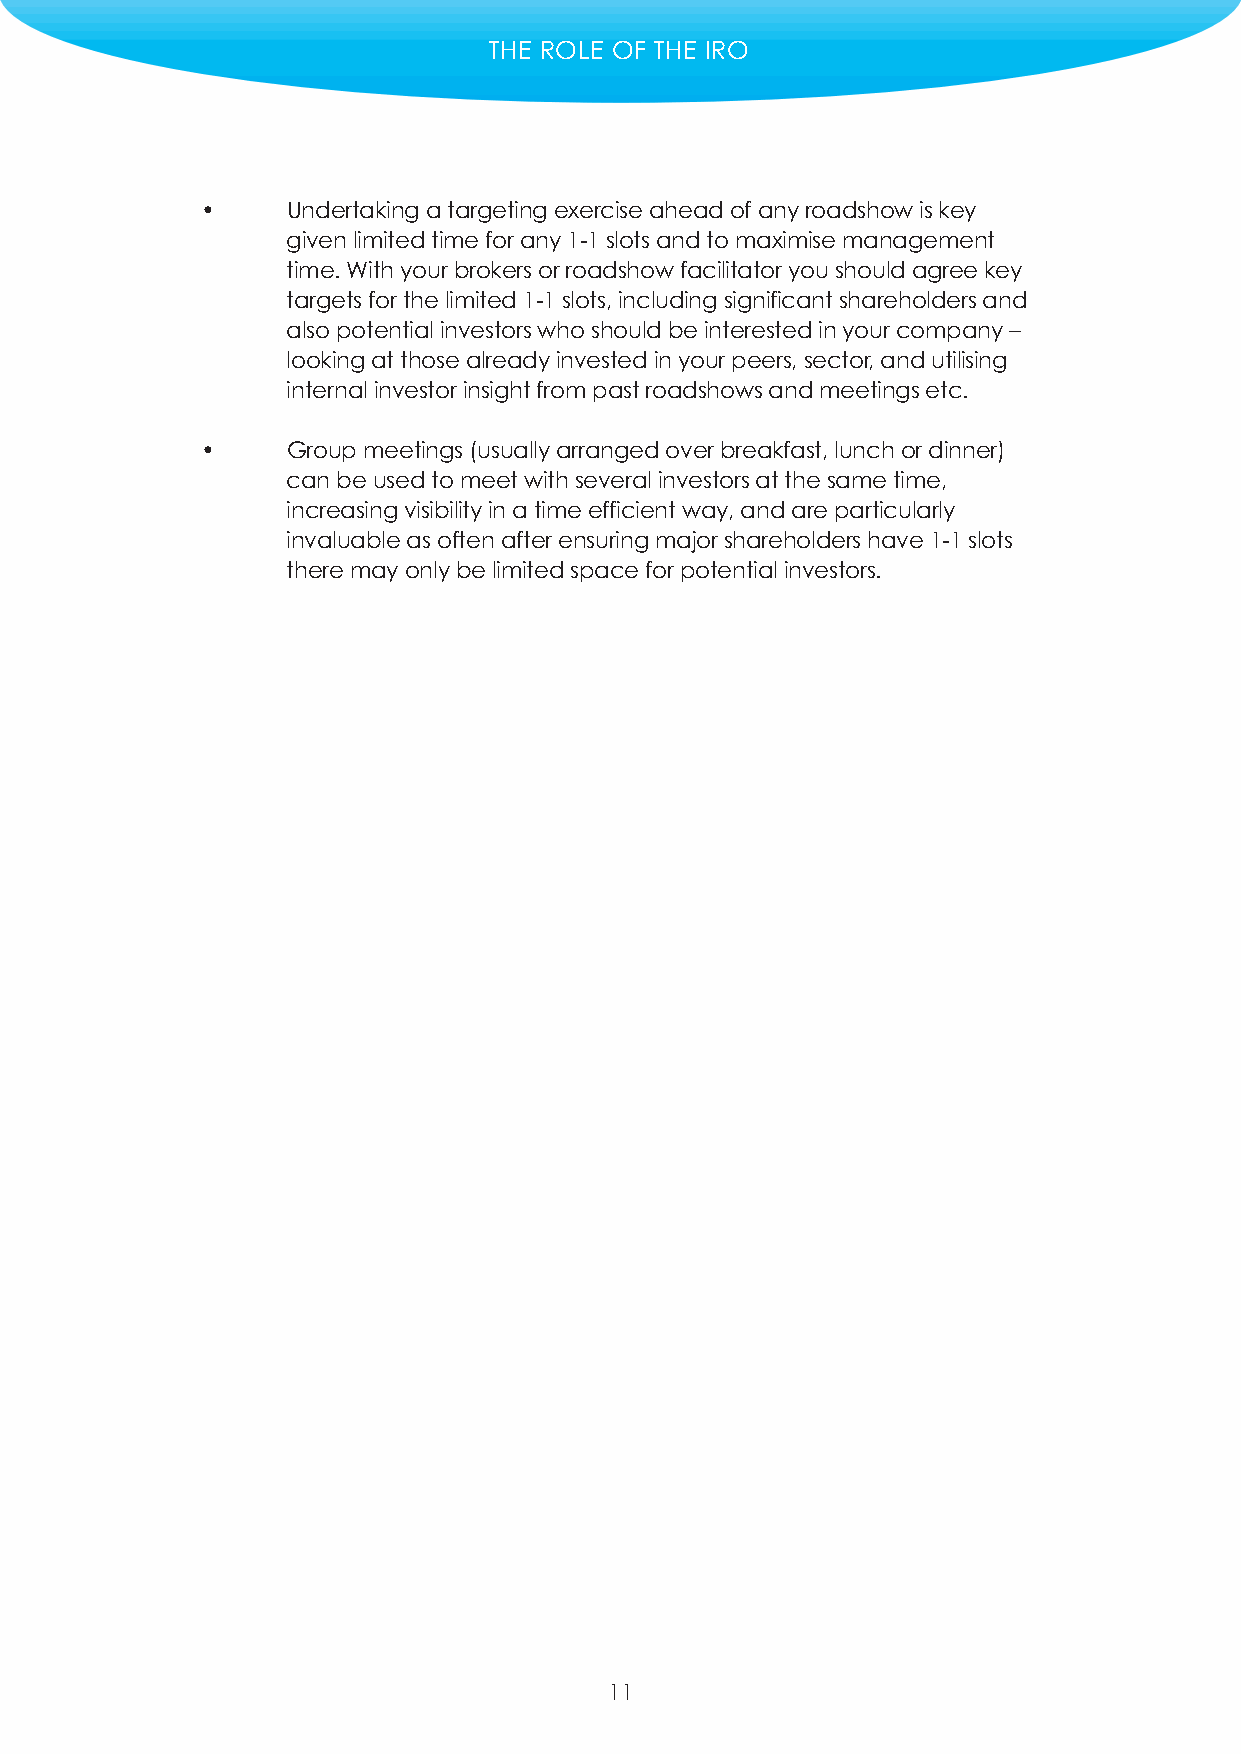
THE ROLE OF THE IRO
 •     Undertaking a targeting exercise ahead of any roadshow is key
 given limited time for any 1-1 slots and to maximise management
 time. With your brokers or roadshow facilitator you should agree key
 targets for the limited 1-1 slots, including significant shareholders and
 also potential investors who should be interested in your company –
 looking at those already invested in your peers, sector, and utilising
 internal investor insight from past roadshows and meetings etc.
 •     Group meetings (usually arranged over breakfast, lunch or dinner)
 can be used to meet with several investors at the same time,
 increasing visibility in a time efficient way, and are particularly
 invaluable as often after ensuring major shareholders have 1-1 slots
 there may only be limited space for potential investors.
 11